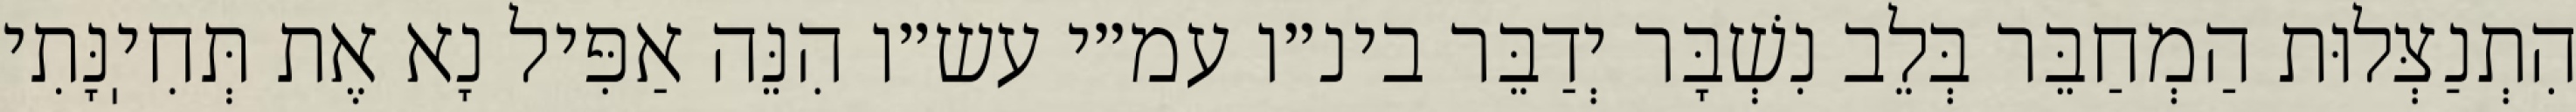
הִתְנַצְּלוּת הַמְחַבֵּר בְּלֵב נִשְׁבָּר יְדַבֵּר בינ״ו עמ״י עש״ו הִנֵּה אַפִּיל נָא אֶת תְּחִיֽנָּתִי